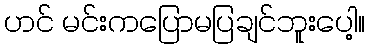
ဟင် မင်းကပြောမပြချင်ဘူးပေါ့။